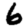
Digit: 6